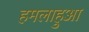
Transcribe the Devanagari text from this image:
हमलाहुआ